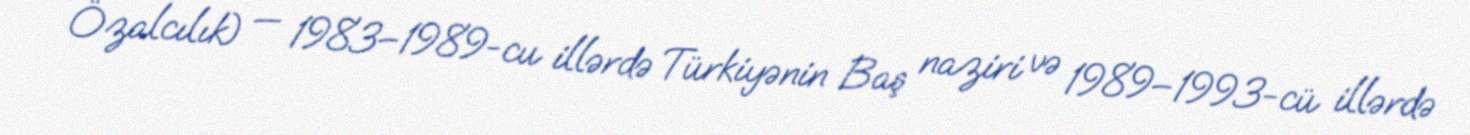
Özalcılık) — 1983–1989-cu illərdə Türkiyənin Baş naziri və 1989–1993-cü illərdə